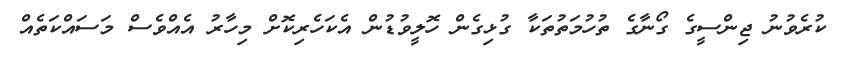
ކުރެވުނު ޖިންސީގެ ގޯނާގެ ތުހުމަތުތަކާ ގުޅިގެން ހޮލީވުޑުން އެކަހެރިކޮށް މިހާރު އެއްވެސް މަސައްކަތެއް